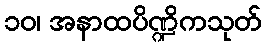
၁၀၊ အနာထပိဏ္ဍိကသုတ်